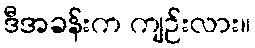
ဒီအခန်းက ကျဉ်းလား။